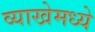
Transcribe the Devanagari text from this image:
व्याखेमध्ये